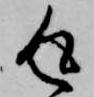
返